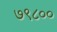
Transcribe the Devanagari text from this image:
७९८००